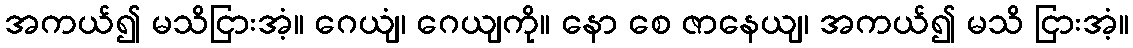
အကယ်၍ မသိငြားအံ့။ ဂေယျံ၊ ဂေယျကို။ နော စေ ဇာနေယျ၊ အကယ်၍ မသိ ငြားအံ့။